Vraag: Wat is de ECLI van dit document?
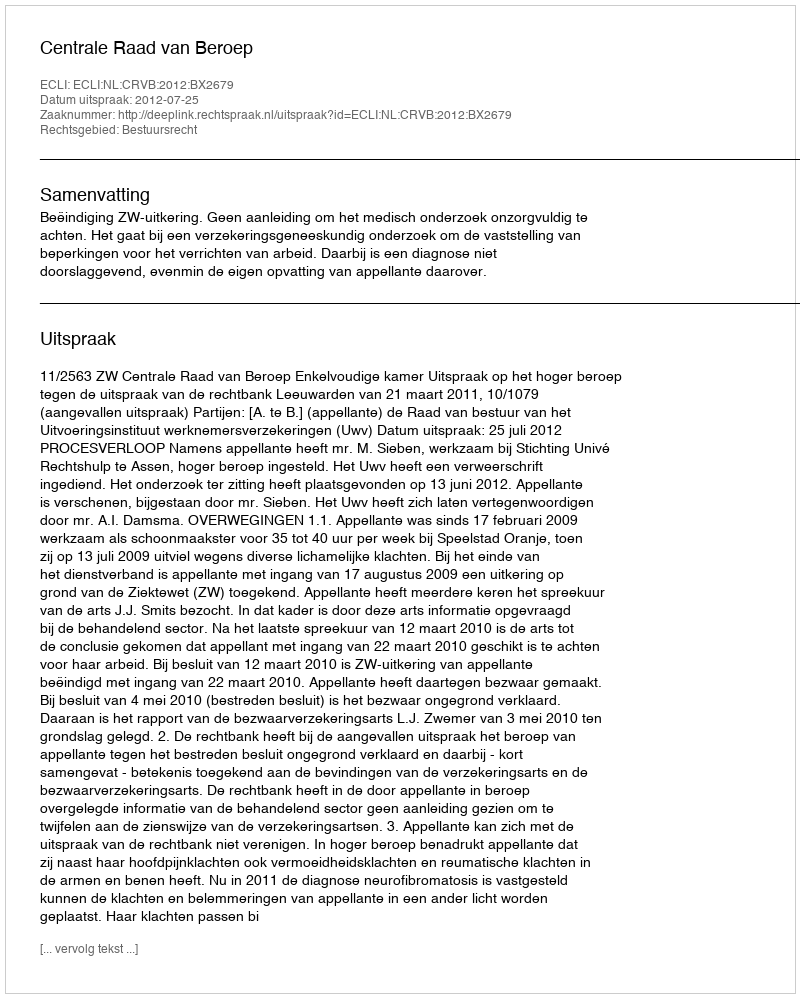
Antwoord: ECLI:NL:CRVB:2012:BX2679